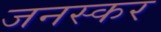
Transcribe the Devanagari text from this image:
जनस्‍कर